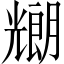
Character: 𠓇